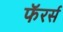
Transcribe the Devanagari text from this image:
फॅरर्स